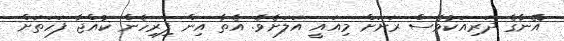
އޭނާގެ ދަރިއަކުވެސް ރަށަށް މިއައީ އަލަށެވެ. އެތާ އިން ފިރިހެން ކުއްޖާ ފަހަތަށް